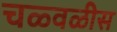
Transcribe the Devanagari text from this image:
चळ्वळीस